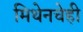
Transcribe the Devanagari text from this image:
मिथेनचेही